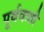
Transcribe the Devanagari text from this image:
पूर्ववत्र्ती